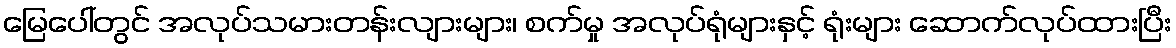
မြေပေါ်တွင် အလုပ်သမားတန်းလျားများ၊ စက်မှု အလုပ်ရုံများနှင့် ရုံးများ ဆောက်လုပ်ထားပြီး